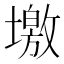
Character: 墽